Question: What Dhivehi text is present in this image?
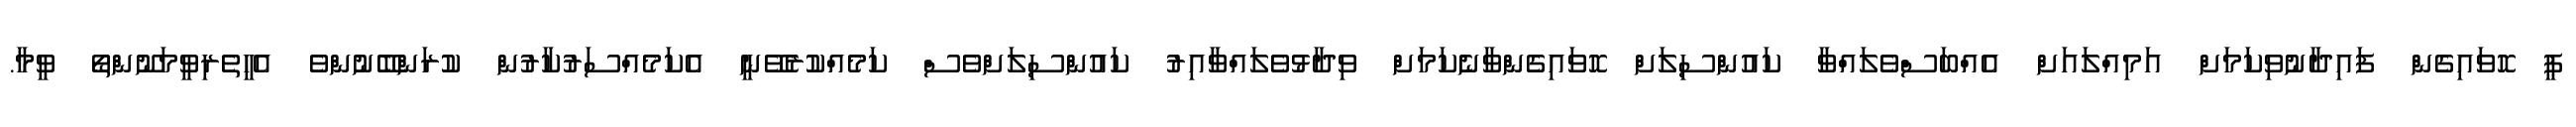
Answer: ޕީ ހޮވައިގެން ފައިދާނުވިކަމަށް އަމިއްލައަށް އެއްބަސްވެލައްވާ ކައުންސިލަށް ހޮވައިގެންވާނެކަމަށް ވިދާޅުވެލައްވާއިރު ކައުންސިލަށްވެސް ކަމެއްކުރެވޭނީ އެކަމެއްސަރުކާރުން ކުރަންބޭނުންވެ އެހީތެރިވީމަނޫންތޯ ވީމާ.